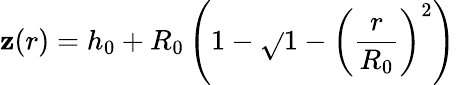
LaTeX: \mathbf{z}(r)=h_{0}+R_{0}\left(1-\sqrt{}{{1-\left(\frac{{r}}{{R_{0}}}\right)^{2}}}\right)